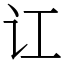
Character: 讧